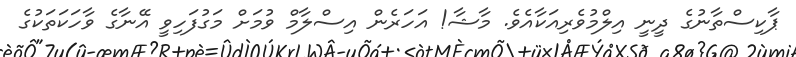
ޕާކިސްތާނުގެ ދީނީ އިލްމުވެރިއަކާއެވެ. މާޝާ! އަހަރެން އިސްލާމް ވުމަށް މަގުފަހިވީ އޭނާގެ ވާހަކަތަކުގެ